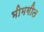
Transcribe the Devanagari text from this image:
भीमगीत